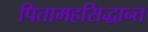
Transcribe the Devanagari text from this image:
पितामहसिद्धान्त